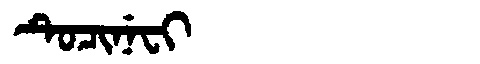
Manchu: ᡨᡠᠴᡳᠨᡝᠸᡳ
Romanization: TUCINEFI